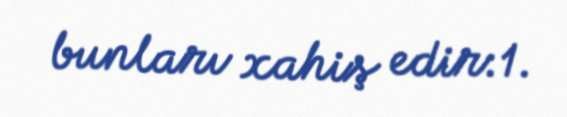
bunları xahiş edir:1.